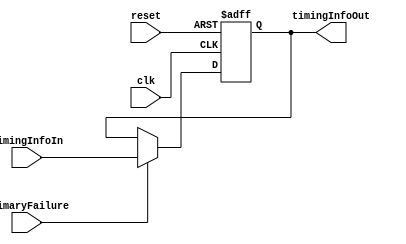
module TimingControlFallBack (
    input wire clk,
    input wire reset,
    input wire primaryFailure,
    
    input wire [7:0] timingInfoIn,
    output reg [7:0] timingInfoOut
);

reg fallbackActive;

always @(posedge clk or posedge reset) begin
    if (reset) begin
        fallbackActive <= 1'b0;
        timingInfoOut <= 8'h00;
    end else begin
        if (primaryFailure) begin
            fallbackActive <= 1'b1;
            timingInfoOut <= timingInfoIn;
        end else begin
            fallbackActive <= 1'b0;
        end
    end
end

endmodule